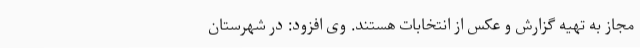
مجاز به تهیه گزارش و عکس از انتخابات هستند. وی افزود: در شهرستان